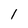
Character: 1